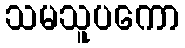
သမသူပကော